Lunatic asylums Bombay report 1891-1903 - 1891-1903
Year: 1891
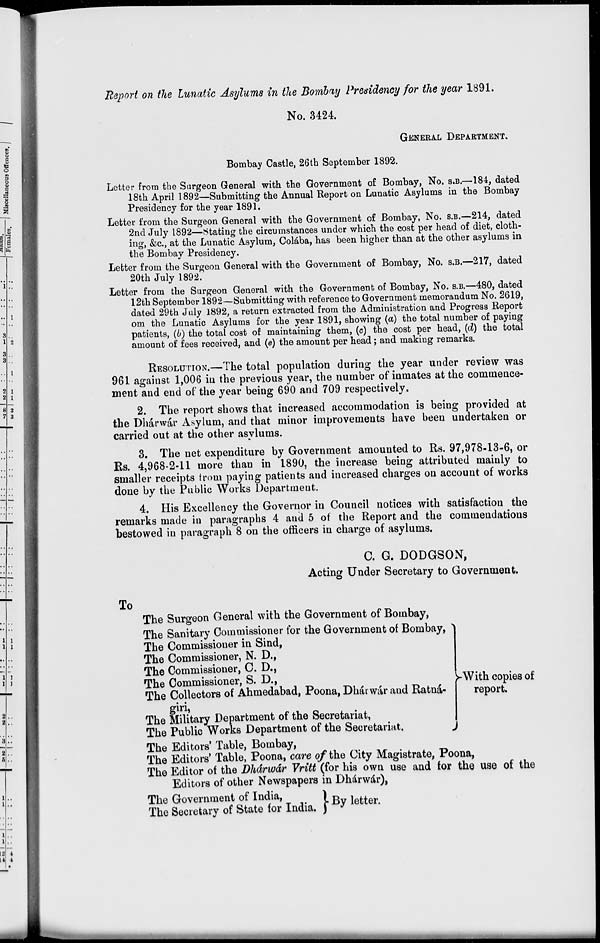
Report on the Lunatic Asylums in the Bombay Presidency for the year 1891.
No. 3424.
GENERAL DEPARTMENT.
Bombay Castle, 26th September 1892.
Letter from the Surgeon General with the Government of Bombay, No. S.B.—184, dated
18th April 1892—Submitting the Annual Report on Lunatic Asylums in the Bombay
Presidency for the year 1891.
Letter from the Surgeon General with the Government of Bombay, No. S.B.—214, dated
2nd July 1892—Stating the circumstances under which the cost per head of diet, cloth-
ing, &c., at the Lunatic Asylum, Colába, has been higher than at the other asylums in
the Bombay Presidency.
Letter from the Surgeon General with the Government of Bombay, No. S.B.—217, dated
20th July 1892.
Letter from the Surgeon General with the Government of Bombay, No. S.B.—480, dated
12th September 1892—Submitting with reference to Government memorandum No. 2619,
dated 29th July 1892, a return extracted from the Administration and Progress Report
om the Lunatic Asylums for the year 1891, showing (a) the total number of paying
patients, (b) the total cost of maintaining them, (c) the cost per head, (d) the total
amount of fees received, and (e) the amount per head; and making remarks.
RESOLUTION.—The total population during the year under review was
961 against 1,006 in the previous year, the number of inmates at the commence-
ment and end of the year being 690 and 709 respectively.
2. The report shows that increased accommodation is being provided at
the Dhárwár Asylum, and that minor improvements have been undertaken or
carried out at the other asylums.
3. The net expenditure by Government amounted to Rs. 97,978-13-6, or
Rs. 4,968-2-11 more than in 1890, the increase being attributed mainly to
smaller receipts from paying patients and increased charges on account of works
done by the Public Works Department.
4. His Excellency the Governor in Council notices with satisfaction the
remarks made in paragraphs 4 and 5 of the Report and the commendations
bestowed in paragraph 8 on the officers in charge of asylums.
C. G. DODGSON,
Acting Under Secretary to Government.
To
The Surgeon General with the Government of Bombay,
The Sanitary Commissioner for the Government of Bombay,
The Commissioner in Sind,
The Commissioner, N. D.,
The Commissioner, C. D.,
The Commissioner, S. D.,
The Collectors of Ahmedabad, Poona, Dháwár and Ratnágiri,
The Military Department of the Secretariat,
The Public Works Department of the Secretariat.
With copies of
report.
The Editors' Table, Bombay,
The Editors' Table, Poona, care of the City Magistrate, Poona,
The Editor of the Dhárwár Vritt (for his own use and for the use of the
Editors of other Newspapers in Dhárwár),
The Government of India,
The Secretary of State for India.
By letter.